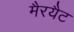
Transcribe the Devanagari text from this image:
मैरयैट